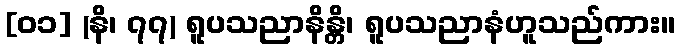
[၀၁] (နိ၊ ၇၇) ရူပသညာနိန္တိ၊ ရူပသညာနံဟူသည်ကား။